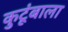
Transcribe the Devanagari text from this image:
कुटूंबाला